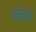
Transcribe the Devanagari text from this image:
चारदोन